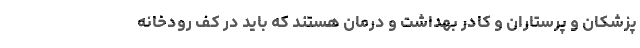
پزشکان و پرستاران و کادر بهداشت و درمان هستند که باید در کف رودخانه